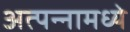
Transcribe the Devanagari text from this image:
अत्‍पन्‍नामध्‍ये